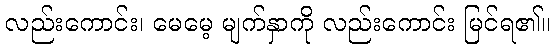
လည်းကောင်း၊ မေမေ့ မျက်နှာကို လည်းကောင်း မြင်ရ၏။